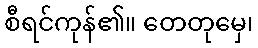
စီရင်ကုန်၏။ တေတုမှေ၊